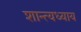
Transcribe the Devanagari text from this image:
शान्त्यध्याय